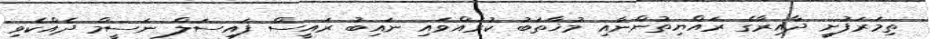
ތިމަރަފުށީ ދާއިރާގެ ރައްޔިތުންނާއި މުޚާތަބު ކުރައްވައި ނައިބު ރައީސް ފައިސަލް ނަސީމް ދެއްކެވި